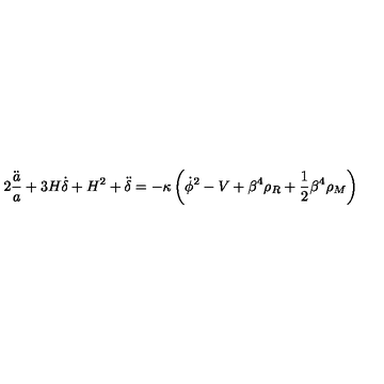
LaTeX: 2 \frac { \ddot { a } } { a } + 3 H \dot { \delta } + H ^ { 2 } + \ddot { \delta } = - \kappa \left( \dot { \phi } ^ { 2 } - V + \beta ^ { 4 } \rho _ { R } + { \frac { 1 } { 2 } } \beta ^ { 4 } \rho _ { M } \right)